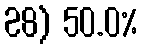
28) 50.0%